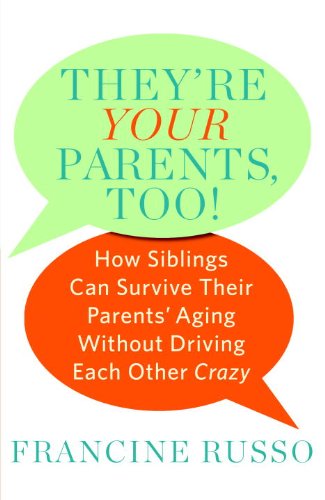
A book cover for They're Your Parents, Too!: How Siblings Can Survive Their Parents' Aging Without Driving Each Other Crazy; Francine Russo; Parenting & Relationships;